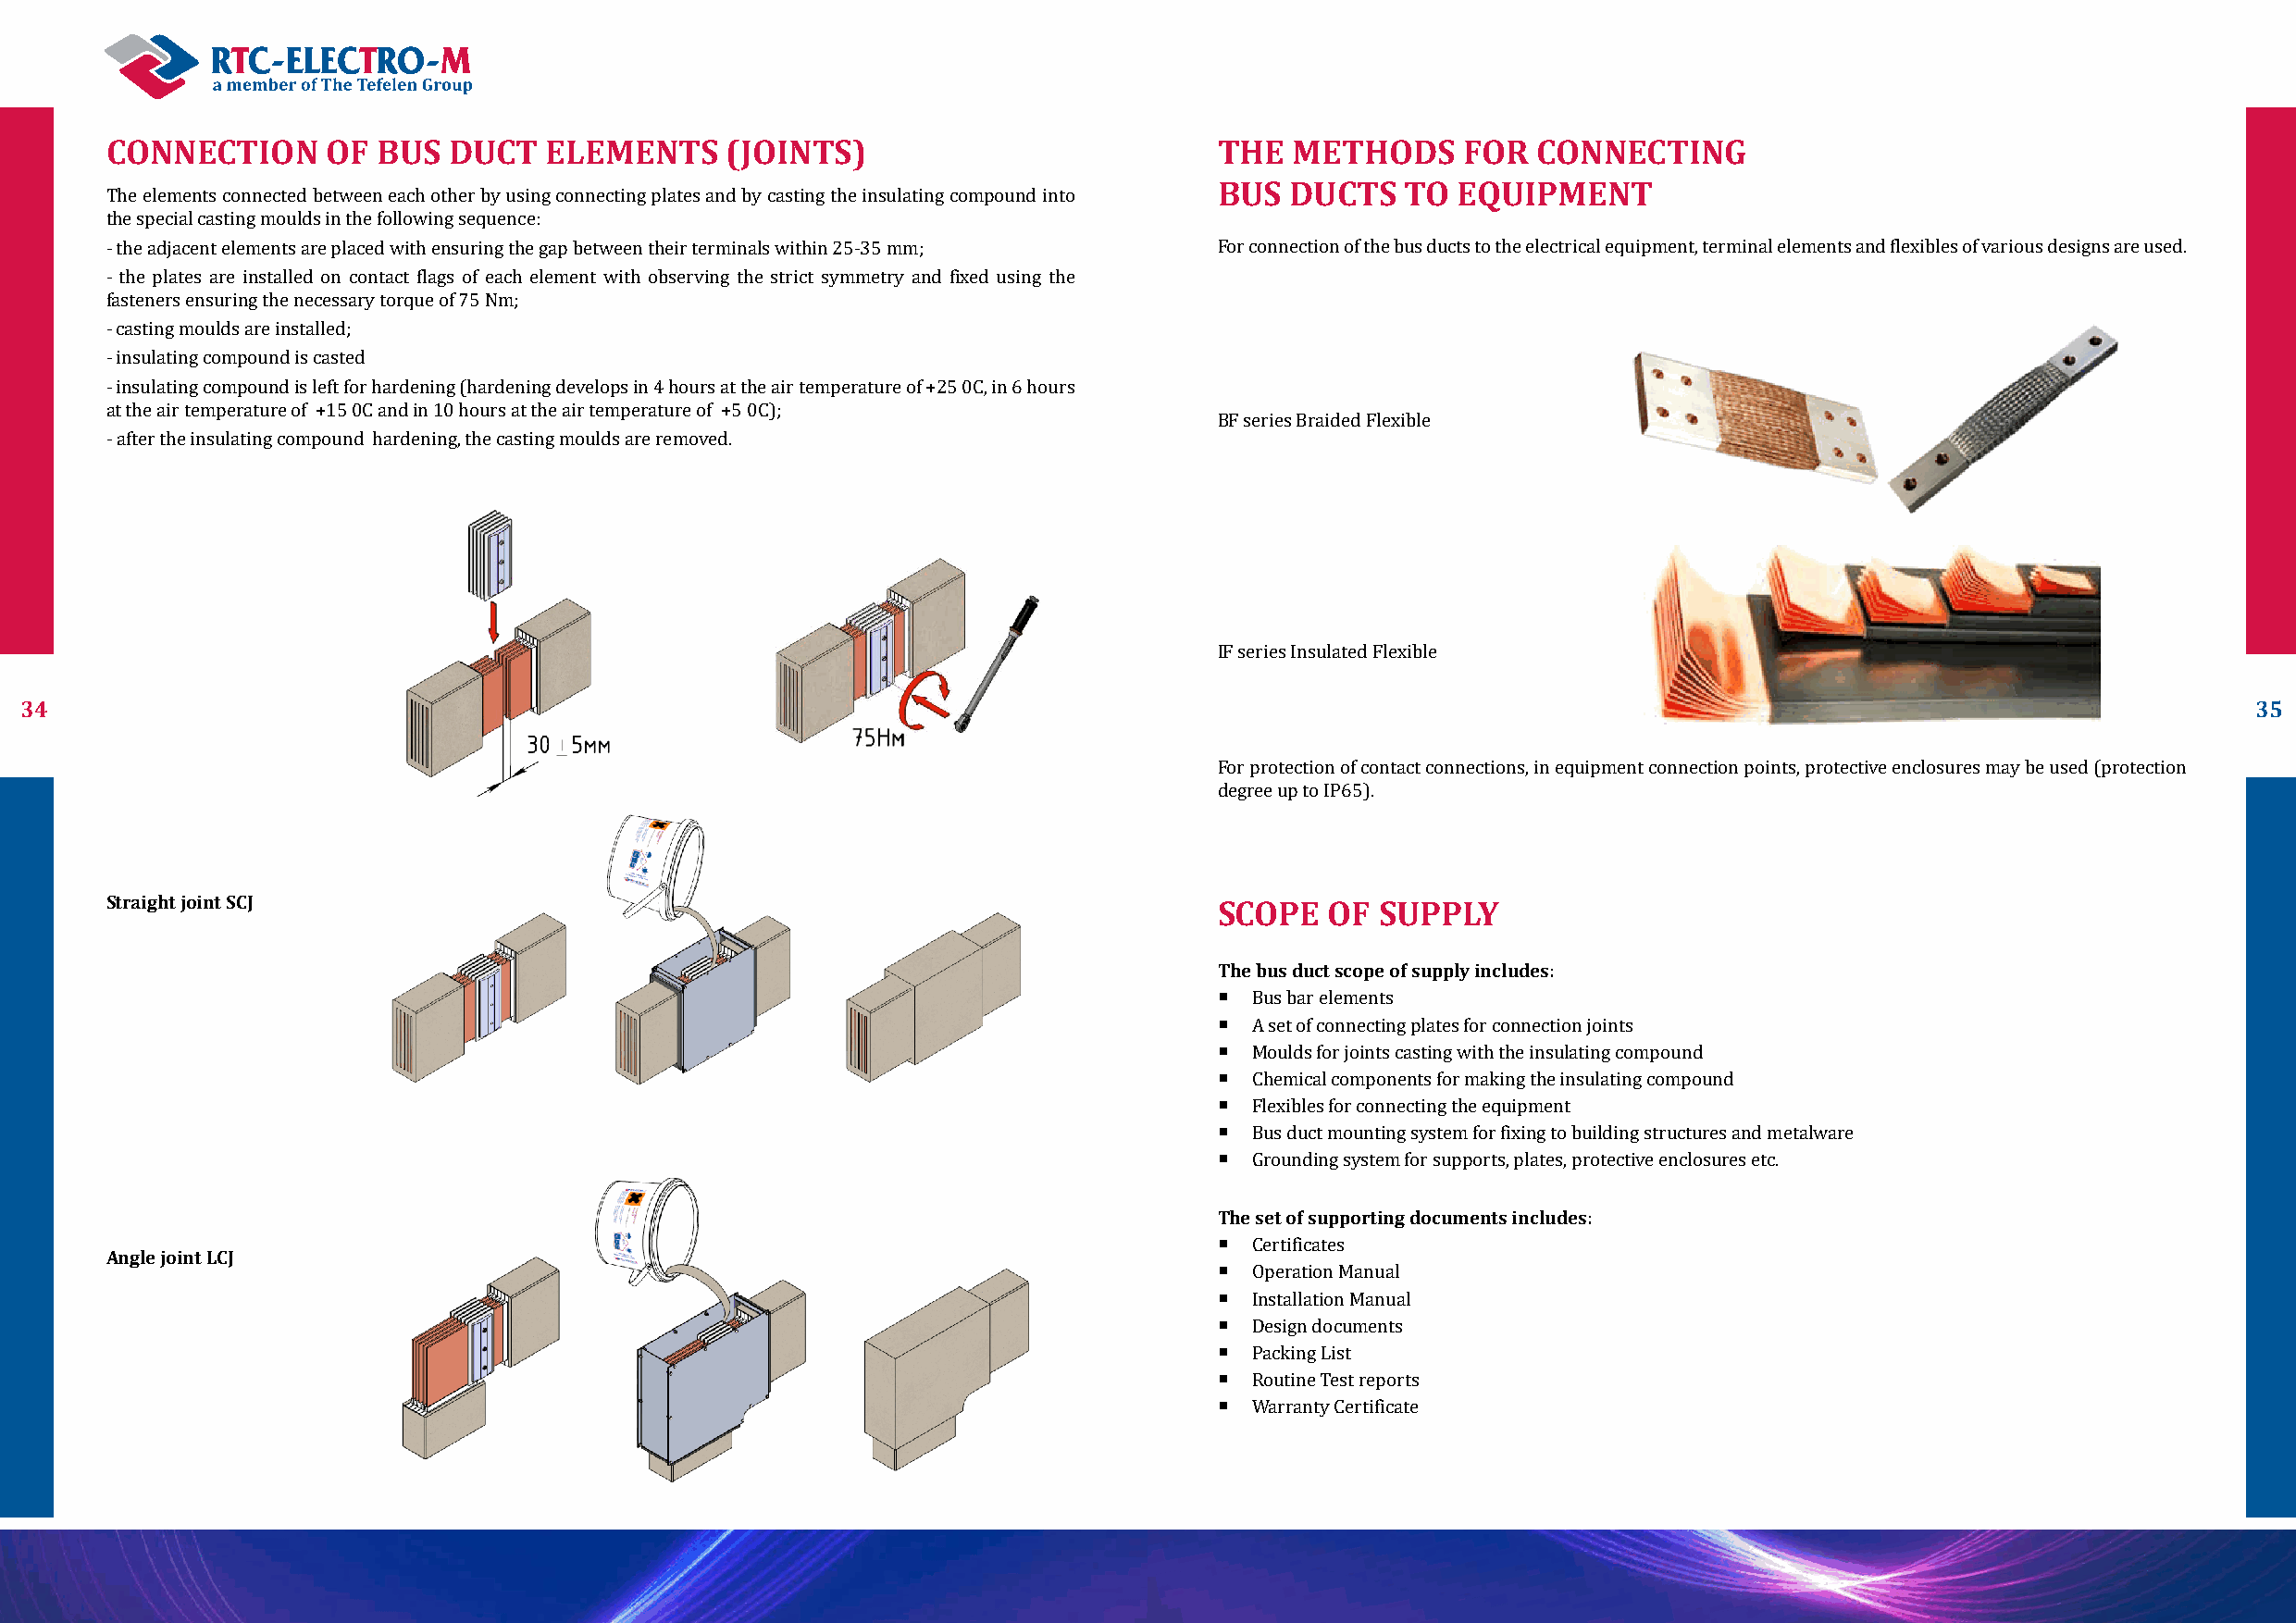
CONNECTION     OF  BUS  DUCT   ELEMENTS     (JOINTS)                           THE  METHODS      FOR  CONNECTING
 BUS  DUCTS   TO  EQUIPMENT
 The elements connected between each other by using connecting plates and by casting the insulating compound into
 the special casting moulds in the following sequence:
 - the adjacent elements are placed with ensuring the gap between their terminals within 25-35 mm; For connection of the bus ducts to the electrical equipment, terminal elements and flexibles of various designs are used.
 - the plates are installed on contact flags of each element with observing the strict symmetry and fixed using the
 fasteners ensuring the necessary torque of 75 Nm;
 - casting moulds are installed;
 - insulating compound is casted
 - insulating compound is left for hardening (hardening develops in 4 hours at the air temperature of +25 0С, in 6 hours
 at the air temperature of +15 0С and in 10 hours at the air temperature of +5 0С);
 BF series Braided Flexible
 - after the insulating compound hardening, the casting moulds are removed.
 IF series Insulated Flexible
 34                                                                                                                                                              35
 For protection of contact connections, in equipment connection points, protective enclosures may be used (protection
 degree up to IP65).
 Straight joint SCJ
 SCOPE   OF  SUPPLY
 The bus duct scope of supply includes:
 
 
 Bus bar elements
 
 A set of connecting plates for connection joints
 
 Moulds for joints casting with the insulating compound
 
 Chemical components for making the insulating compound
 
 Flexibles for connecting the equipment
 
 Bus duct mounting system for fixing to building structures and metalware
 Grounding system for supports, plates, protective enclosures etc.
 The set of supporting documents includes:
 
 Angle joint LCJ
 
 Certificates
 
 Operation Manual
 
 Installation Manual
 
 Design documents
 
 Packing List
 
 Routine Test reports
 Warranty Certificate